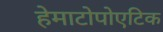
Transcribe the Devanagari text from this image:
हेमाटोपोएटिक